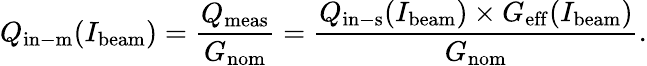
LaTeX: Q_{\mathrm{in-m}}(I_{\mathrm{beam}})=\frac{Q_{\mathrm{meas}}}{G_{\mathrm{nom}}}=\frac{Q_{\mathrm{in-s}}(I_{\mathrm{beam}})\times G_{\mathrm{eff}}(I_{\mathrm{beam}})}{G_{\mathrm{nom}}}.